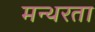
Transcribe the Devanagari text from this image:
मन्थरता